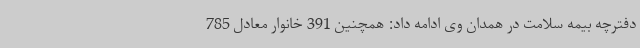
دفترچه بیمه سلامت در همدان وی ادامه داد: همچنین 391 خانوار معادل 785